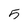
Character: 5